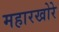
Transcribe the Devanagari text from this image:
महारखोरे